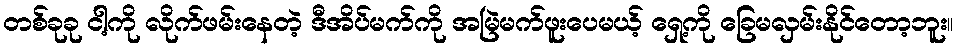
တစ်ခုခု ငါ့ကို လိုက်ဖမ်းနေတဲ့ ဒီအိပ်မက်ကို အမြဲမက်ဖူးပေမယ့် ရှေ့ကို ခြေမလှမ်းနိုင်တော့ဘူး။